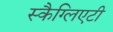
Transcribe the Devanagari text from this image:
स्कैग्लिएटी